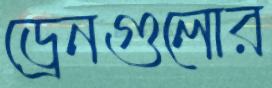
ড্রেনগুলোর